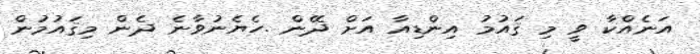
އަނެއްކާ ވީ މި ޤައުމު އިންޑިއާ އަށް ދޭން .ހެޔެނުވާނެ ދެން މިޤައުމުން